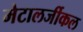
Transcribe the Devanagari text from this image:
मेटालर्जीकल